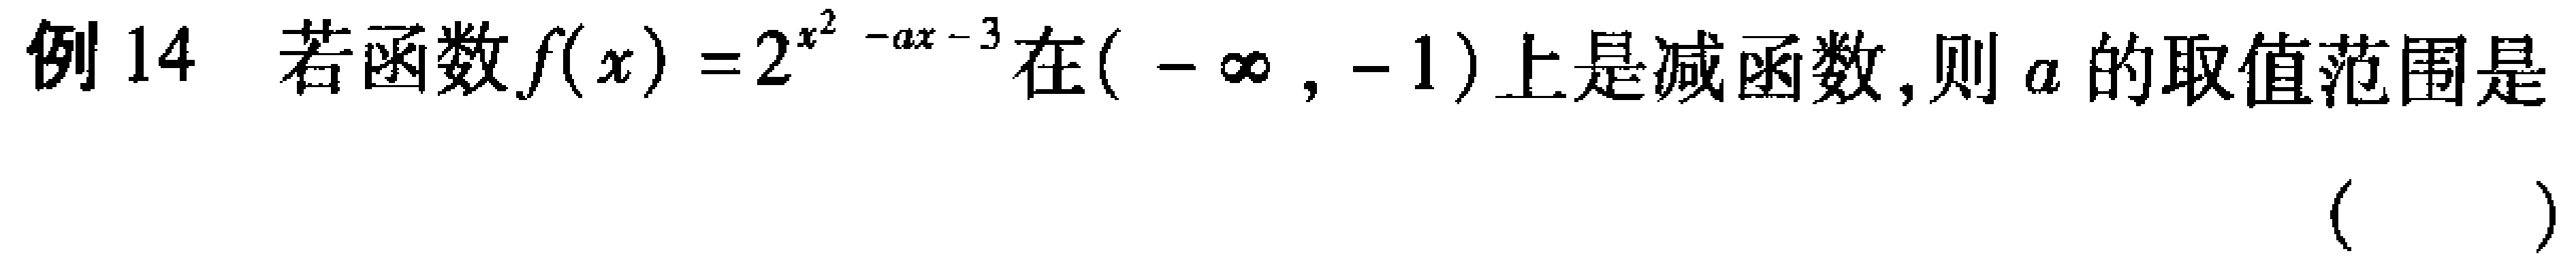
例 14 若函数\(f(x)=2^{x^{2}-ax - 3}\)在\((-\infty,-1)\)上是减函数,则\(a\)的取值范围是\((\quad\quad)\)